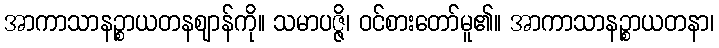
အာကာသာနဉ္စာယတနဈာန်ကို။ သမာပဇ္ဇိ၊ ဝင်စားတော်မူ၏။ အာကာသာနဉ္စာယတနာ၊